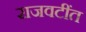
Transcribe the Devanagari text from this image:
राजवटींत